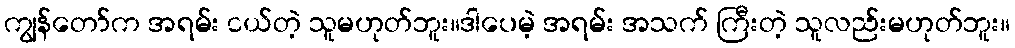
ကျွန်တော်က အရမ်း ငယ်တဲ့ သူမဟုတ်ဘူး။ဒါပေမဲ့ အရမ်း အသက် ကြီးတဲ့ သူလည်းမဟုတ်ဘူး။